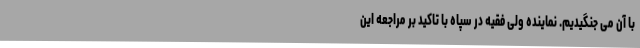
با آن می جنگیدیم. نماینده ولی فقیه در سپاه با تاکید بر مراجعه این